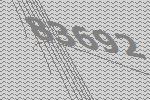
83692